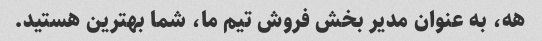
هه، به عنوان مدیر بخش فروش تیم ما، شما بهترین هستید.